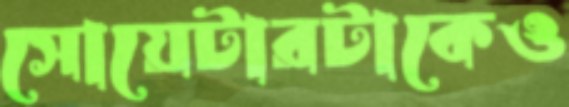
সোয়েটারটাকেও